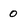
Character: 0